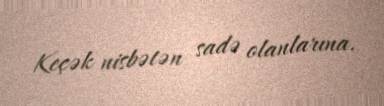
Keçək nisbətən sadə olanlarına.